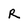
Character: R